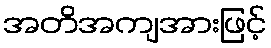
အတိအကျအားဖြင့်